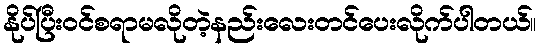
နိုပ်ပြီးဝင်စရာမလိုတဲ့နည်းလေးတင်ပေးလိုက်ပါတယ်။